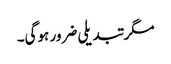
مگر تبدیلی ضرور ہوگی۔